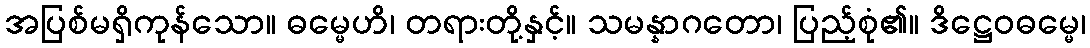
အပြစ်မရှိကုန်သော။ ဓမ္မေဟိ၊ တရားတို့နှင့်။ သမန္နာဂတော၊ ပြည့်စုံ၏။ ဒိဋ္ဌေဝဓမ္မေ၊